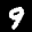
Label: 9